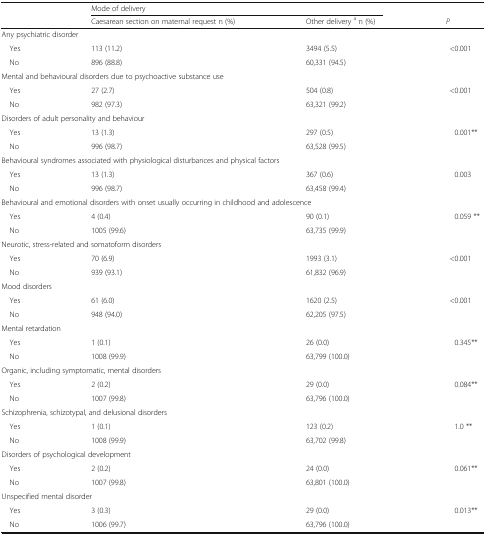
<table><thead><tr><td rowspan="2"></td><td colspan="2"><b>Mode of delivery</b></td><td></td></tr><tr><td><b>Caesarean section on maternal request n (%)</b></td><td><b>Other delivery <sup>a</sup> n (%)</b></td><td><b><i>P</i></b></td></tr></thead><tbody><tr><td colspan="4">Any psychiatric disorder</td></tr><tr><td> Yes</td><td>113 (11.2)</td><td>3494 (5.5)</td><td>&lt;0.001</td></tr><tr><td> No</td><td>896 (88.8)</td><td>60,331 (94.5)</td><td></td></tr><tr><td colspan="4">Mental and behavioural disorders due to psychoactive substance use</td></tr><tr><td> Yes</td><td>27 (2.7)</td><td>504 (0.8)</td><td>&lt;0.001</td></tr><tr><td> No</td><td>982 (97.3)</td><td>63,321 (99.2)</td><td></td></tr><tr><td colspan="4">Disorders of adult personality and behaviour</td></tr><tr><td> Yes</td><td>13 (1.3)</td><td>297 (0.5)</td><td>0.001**</td></tr><tr><td> No</td><td>996 (98.7)</td><td>63,528 (99.5)</td><td></td></tr><tr><td colspan="4">Behavioural syndromes associated with physiological disturbances and physical factors</td></tr><tr><td> Yes</td><td>13 (1.3)</td><td>367 (0.6)</td><td>0.003</td></tr><tr><td> No</td><td>996 (98.7)</td><td>63,458 (99.4)</td><td></td></tr><tr><td colspan="4">Behavioural and emotional disorders with onset usually occurring in childhood and adolescence</td></tr><tr><td> Yes</td><td>4 (0.4)</td><td>90 (0.1)</td><td>0.059 **</td></tr><tr><td> No</td><td>1005 (99.6)</td><td>63,735 (99.9)</td><td></td></tr><tr><td colspan="4">Neurotic, stress-related and somatoform disorders</td></tr><tr><td> Yes</td><td>70 (6.9)</td><td>1993 (3.1)</td><td>&lt;0.001</td></tr><tr><td> No</td><td>939 (93.1)</td><td>61,832 (96.9)</td><td></td></tr><tr><td colspan="4">Mood disorders</td></tr><tr><td> Yes</td><td>61 (6.0)</td><td>1620 (2.5)</td><td>&lt;0.001</td></tr><tr><td> No</td><td>948 (94.0)</td><td>62,205 (97.5)</td><td></td></tr><tr><td colspan="4">Mental retardation</td></tr><tr><td> Yes</td><td>1 (0.1)</td><td>26 (0.0)</td><td>0.345**</td></tr><tr><td> No</td><td>1008 (99.9)</td><td>63,799 (100.0)</td><td></td></tr><tr><td colspan="4">Organic, including symptomatic, mental disorders</td></tr><tr><td> Yes</td><td>2 (0.2)</td><td>29 (0.0)</td><td>0.084**</td></tr><tr><td> No</td><td>1007 (99.8)</td><td>63,796 (100.0)</td><td></td></tr><tr><td colspan="4">Schizophrenia, schizotypal, and delusional disorders</td></tr><tr><td> Yes</td><td>1 (0.1)</td><td>123 (0.2)</td><td>1.0 **</td></tr><tr><td> No</td><td>1008 (99.9)</td><td>63,702 (99.8)</td><td></td></tr><tr><td colspan="4">Disorders of psychological development</td></tr><tr><td> Yes</td><td>2 (0.2)</td><td>24 (0.0)</td><td>0.061**</td></tr><tr><td> No</td><td>1007 (99.8)</td><td>63,801 (100.0)</td><td></td></tr><tr><td colspan="4">Unspecified mental disorder</td></tr><tr><td> Yes</td><td>3 (0.3)</td><td>29 (0.0)</td><td>0.013**</td></tr><tr><td> No</td><td>1006 (99.7)</td><td>63,796 (100.0)</td><td></td></tr></tbody></table>